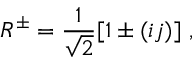
R ^ { \pm } = \frac { 1 } { \sqrt { 2 } } [ 1 \pm ( i j ) ] ~ ,